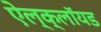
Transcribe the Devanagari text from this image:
ऐल्क्लॉयड